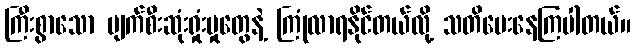
ကြီးစွာသော ပျက်စီးဆုံးရှုံးမှုတွေနဲ့ ကြုံလာရနိုင်တယ်လို့ သတိပေးနေကြပါတယ်။